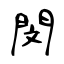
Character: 閔